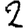
Digit: 2